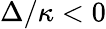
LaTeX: \Delta/\kappa<0